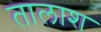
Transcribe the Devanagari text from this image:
तालाश